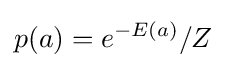
p(a)=e^{-E(a)}/Z